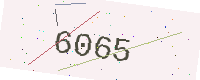
Text: 6065